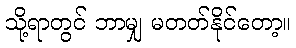
သို့ရာတွင် ဘာမျှ မတတ်နိုင်တော့။